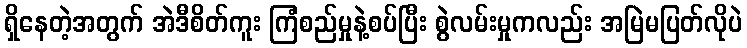
ရှိနေတဲ့အတွက် အဲဒီစိတ်ကူး ကြံစည်မှုနဲ့စပ်ပြီး စွဲလမ်းမှုကလည်း အမြဲမပြတ်လိုပဲ